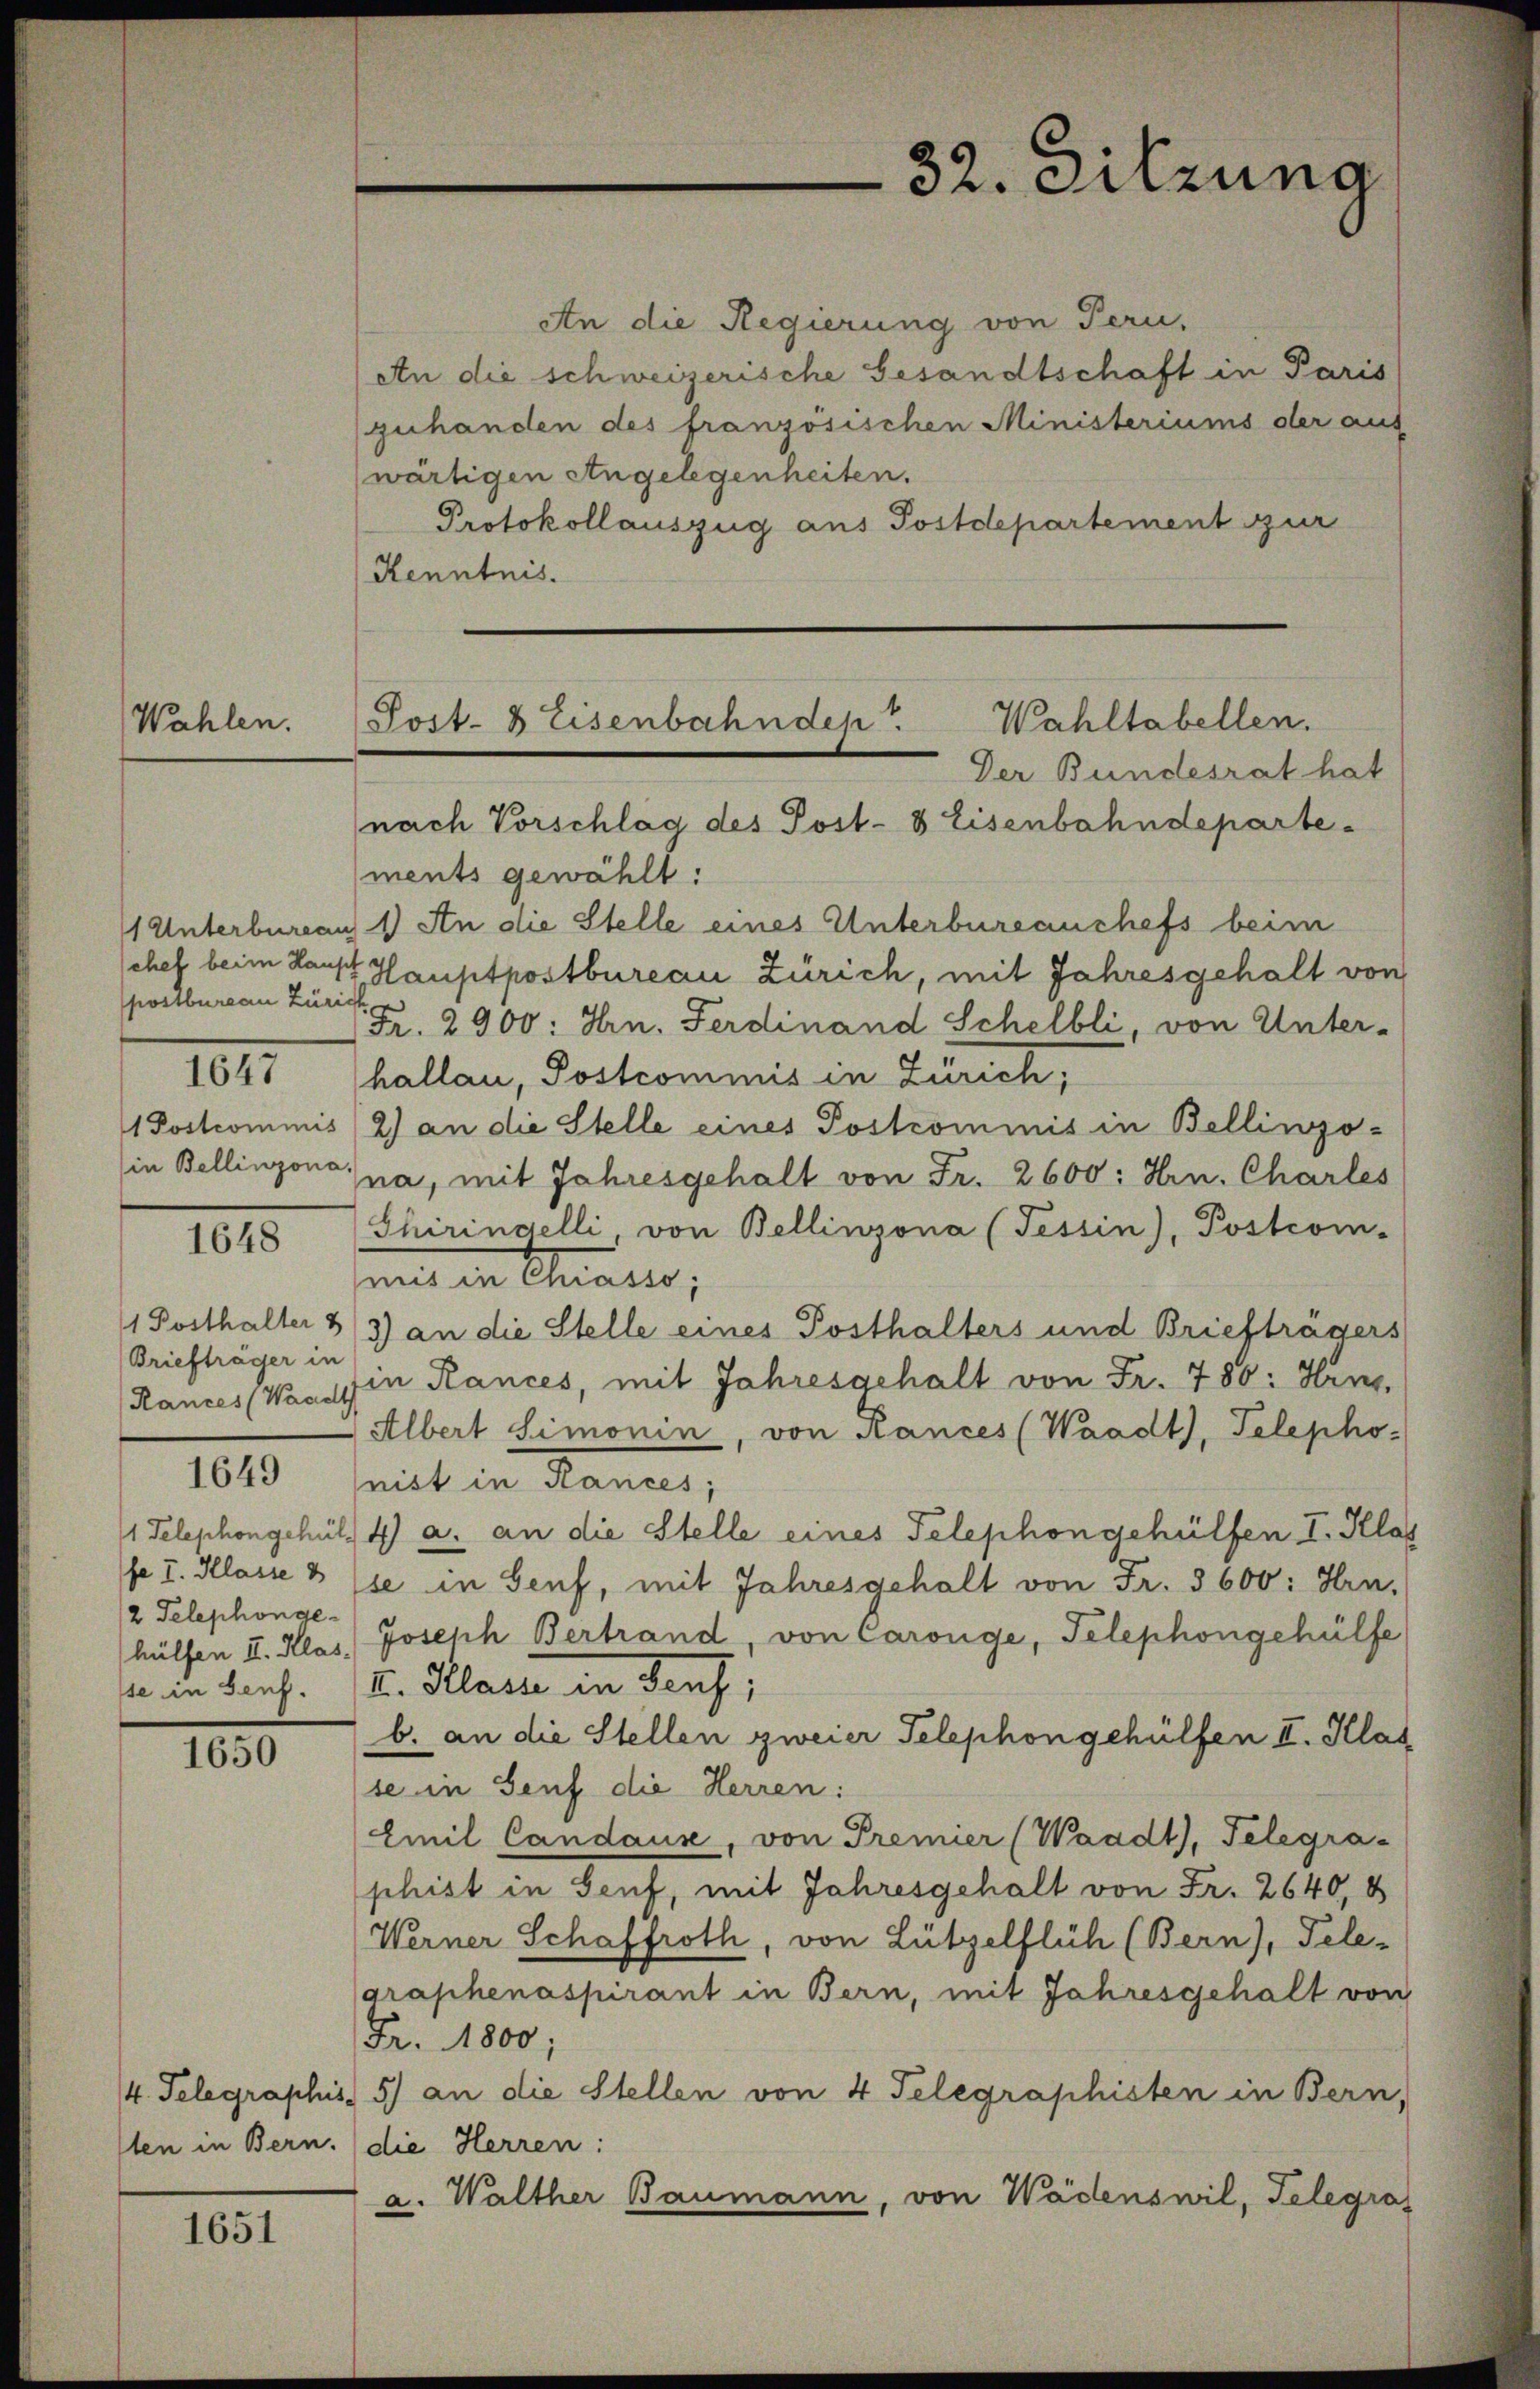
Wahlen.

postbureau Züric
101

1648

Briefträger in
Rances (Waadt

1649

2 Telephonge¬

1650

1651

An die Regierung von Pern,
An die schweizerische Gesandtschaft in Paris
zuhanden des französischen Ministeriums der aus
(wärtigen Angelegenheiten.
Protokollauszug aus Postdepartement zur
Kenntnis.
ments gewählt:
1 Unterbureau 1) An die Stelle eines Unterbureauchefs beim
schef beim Haupt Hauptpostbureau Zürich, mit Jahresgehalt von
Fr. 2900: Hrn. Ferdinand Schelbli, von Unter-
hallau, Postcommis in Zürich;
1 Postcommis (2) an die Stelle eines Postrommnis in Bellingo-
(in Bellinzona, ja, mit Jahresgehalt von Fr. 2600: Hrn. Charles
Shiringelli, von Bellinzona (Tessin), Postcom-
mit in Staates,
1 Posthalter 8/3) an die Stelle eines Posthalters und Briefträgers
in Rances, mit Jahresgehalt von Fr. 780: Hrn.
Albert Simonin, von Rances (Waadt, Telepho-
nist in Hances;
1 Telephongehül 4) a. an die Stelle eines Telephongehülfen I. Kla
fe I. Klasse 8 (se in Genf, mit Jahresgehalt von Fr. 3600: Hrn.
hülfen II. Klas, Joseph Bertrand, von Caronge, Telephongehülfe
se im Lauf. I. Klara in darf;
b. an die Stellen zweier Telephon gehülfen II. Klas
se in Genf die Herren:
Emil Candaus, von Premier (Waadt, Telegra-
phist in Genf, mit Jahresgehalt von Fr. 2640, 8
Werner Schaffroth, von Lützelflüh (Bern), Tele-
graphenaspirant in Bern, mit Jahresgehalt von
Fr. 1800;
/4. Telegraphis 5) an die Stellen von 4 Telegraphisten in Bern,
ten in Bern. die Herren:
a. Walther Baumann, von Wädenswil, Telegra

32. eilzung

Wahltabellen.
Toit. 8 Eisenbahndep
Der Bundesrat hat
nach Vorschlag des Post- & Eisenbahndeparte¬